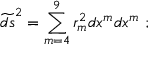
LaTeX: \widetilde { d s } ^ { 2 } = \sum _ { m = 4 } ^ { 9 } r _ { m } ^ { 2 } d x ^ { m } d x ^ { m } \ ;